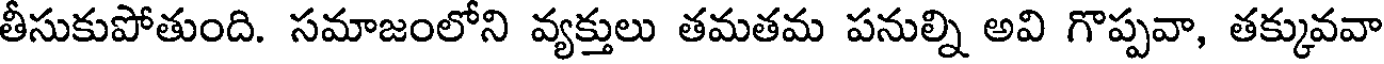
తీసుకుపోతుంది. సమాజంలోని వ్యక్తులు తమతమ పనుల్ని అవి గొప్పవా, తక్కువవా